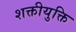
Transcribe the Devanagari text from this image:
शक्तीयुक्ति